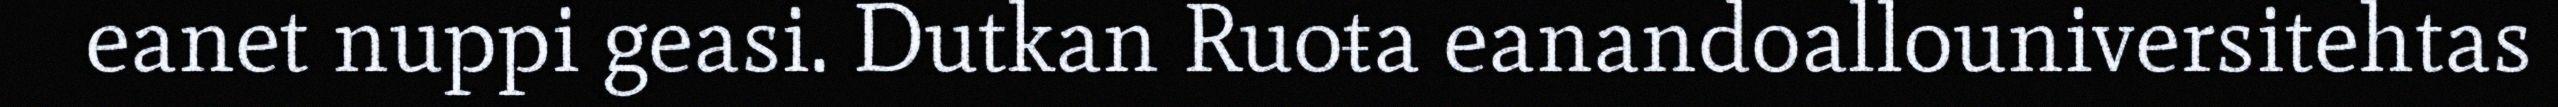
eanet nuppi geasi. Dutkan Ruoŧa eanandoallouniversitehtas